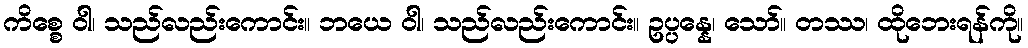
ကိစ္စေ ဝါ၊ သည်လည်းကောင်း။ ဘယေ ဝါ၊ သည်လည်းကောင်း။ ဥပ္ပန္နေ၊ သော်။ တဿ၊ ထိုဘေးရန်ကို။